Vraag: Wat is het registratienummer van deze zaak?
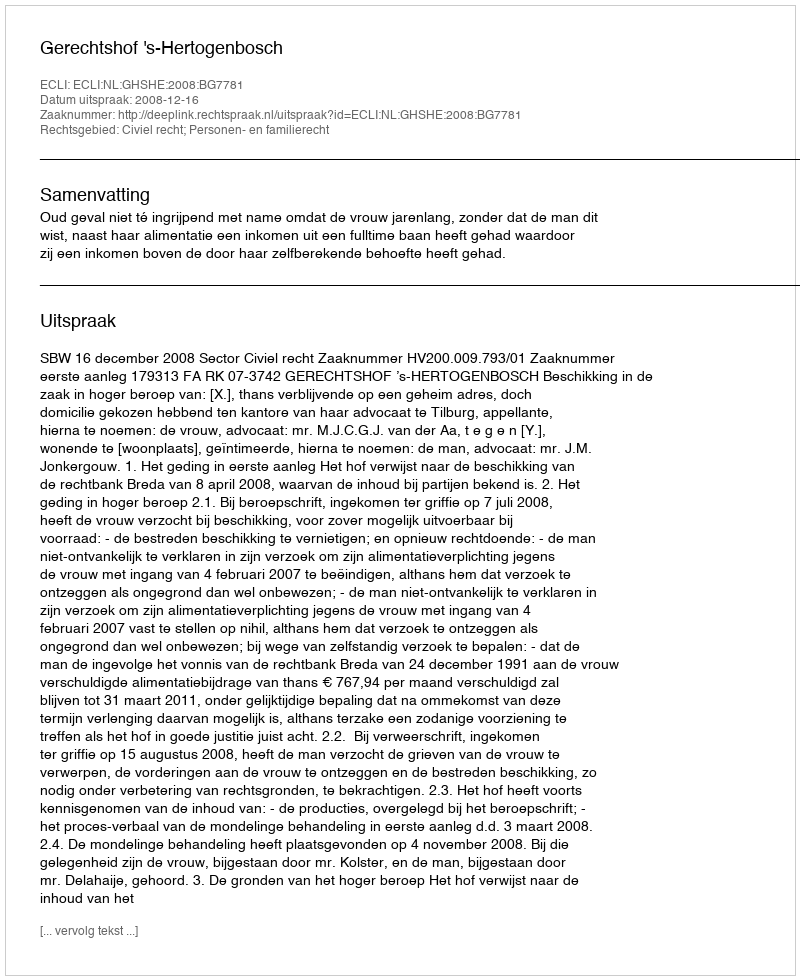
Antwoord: http://deeplink.rechtspraak.nl/uitspraak?id=ECLI:NL:GHSHE:2008:BG7781